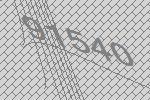
91540